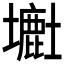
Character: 𡒲